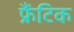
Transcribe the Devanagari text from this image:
फ्रैंटिक